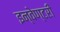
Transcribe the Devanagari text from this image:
इन्वेण्टरी